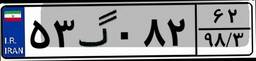
۵۳گ۰۸۲۶۲